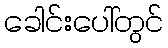
ခေါင်းပေါ်တွင်